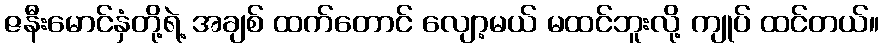
ဇနီးမောင်နှံတို့ရဲ့ အချစ် ထက်တောင် လျော့မယ် မထင်ဘူးလို့ ကျုပ် ထင်တယ်။